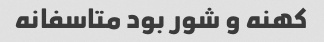
کهنه و شور بود متاسفانه